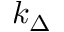
k _ { \Delta }